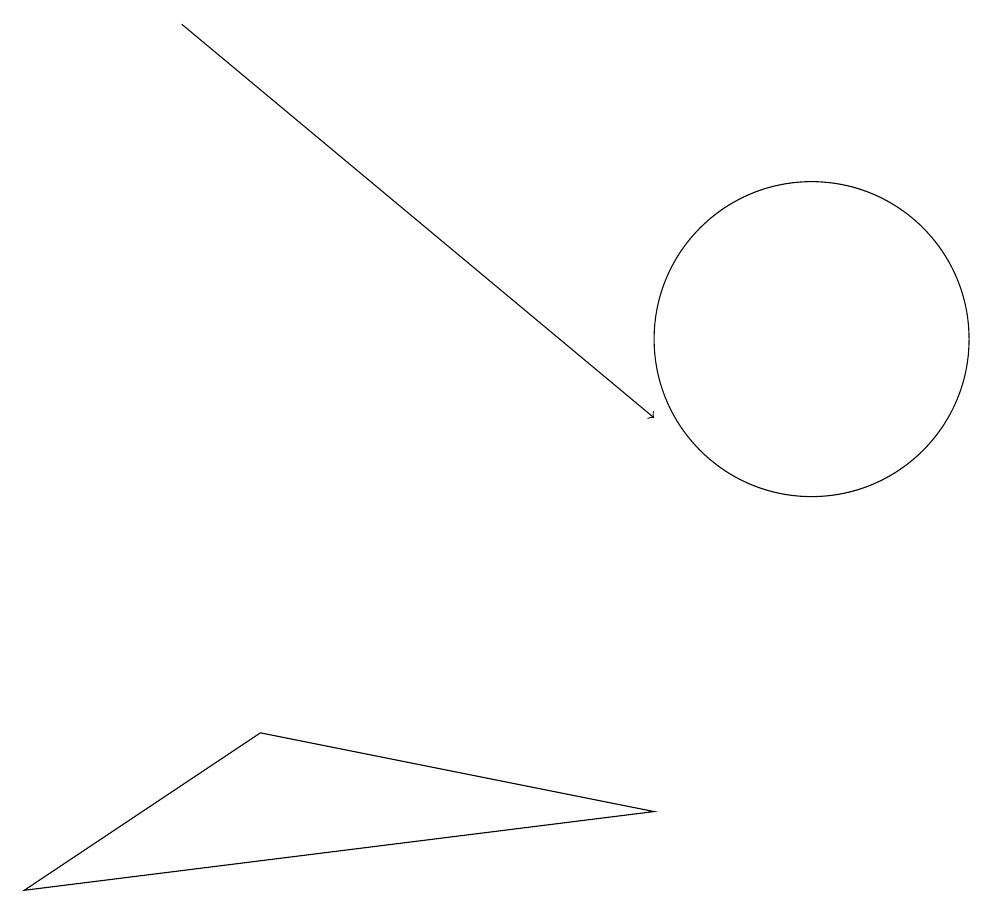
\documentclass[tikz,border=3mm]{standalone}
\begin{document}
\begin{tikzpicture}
\draw[->] (3,15) -- (9,10);
\draw (9,5) -- (4,6) -- (1,4) -- cycle;
\draw (11,11) circle (2);
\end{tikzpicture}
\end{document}